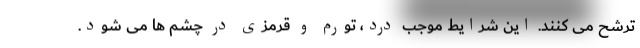
ترشح می کنند. این شرایط موجب درد، تورم و قرمزی در چشم ها می شود.